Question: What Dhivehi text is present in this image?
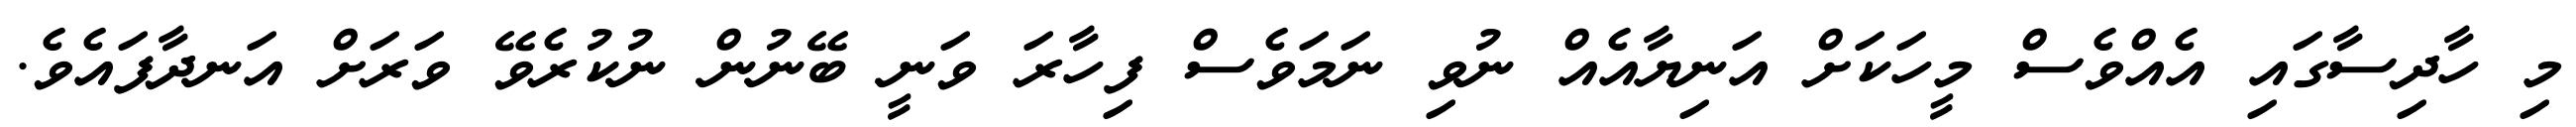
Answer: މި ހާދިސާގައި އެއްވެސް މީހަކަށް އަނިޔާއެއް ނުވި ނަމަވެސް ފިހާރަ ވަނީ ބޭނުން ނުކުރެވޭ ވަރަށް އަނދާފައެވެ.